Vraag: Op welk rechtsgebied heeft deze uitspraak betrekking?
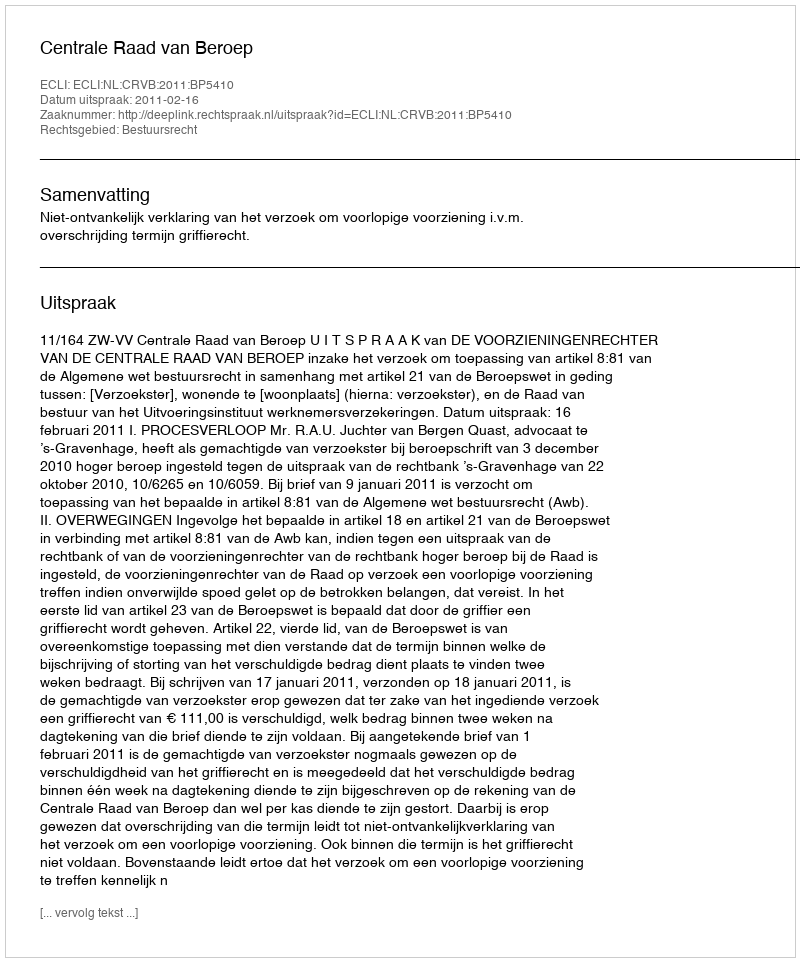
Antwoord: Bestuursrecht